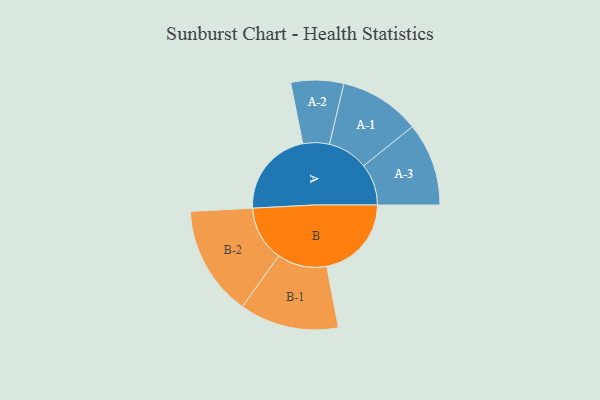
{"axis": {"x": "Segment", "y": "Value"}, "legend": ["", "A", "B"], "data": [{"x": "A", "y": 391, "type": ""}, {"x": "B", "y": 379, "type": ""}, {"x": "A-1", "y": 181, "type": "A"}, {"x": "A-2", "y": 118, "type": "A"}, {"x": "A-3", "y": 186, "type": "A"}, {"x": "B-1", "y": 222, "type": "B"}, {"x": "B-2", "y": 247, "type": "B"}]}